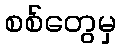
စစ်တွေမှ